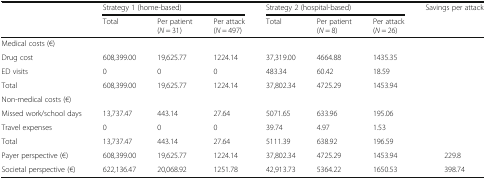
<table><thead><tr><td rowspan="2"></td><td colspan="3"><b>Strategy 1 (home-based)</b></td><td colspan="3"><b>Strategy 2 (hospital-based)</b></td><td><b>Savings per attack</b></td></tr><tr><td><b>Total</b></td><td><b>Per patient (<i>N</i> = 31)</b></td><td><b>Per attack (<i>N</i> = 497)</b></td><td><b>Total</b></td><td><b>Per patient (<i>N</i> = 8)</b></td><td><b>Per attack (<i>N</i> = 26)</b></td><td></td></tr></thead><tbody><tr><td colspan="8">Medical costs (€)</td></tr><tr><td>Drug cost</td><td>608,399.00</td><td>19,625.77</td><td>1224.14</td><td>37,319.00</td><td>4664.88</td><td>1435.35</td><td></td></tr><tr><td>ED visits</td><td>0</td><td>0</td><td>0</td><td>483.34</td><td>60.42</td><td>18.59</td><td></td></tr><tr><td>Total</td><td>608,399.00</td><td>19,625.77</td><td>1224.14</td><td>37,802.34</td><td>4725.29</td><td>1453.94</td><td></td></tr><tr><td colspan="8">Non-medical costs (€)</td></tr><tr><td>Missed work/school days</td><td>13,737.47</td><td>443.14</td><td>27.64</td><td>5071.65</td><td>633.96</td><td>195.06</td><td></td></tr><tr><td>Travel expenses</td><td>0</td><td>0</td><td>0</td><td>39.74</td><td>4.97</td><td>1.53</td><td></td></tr><tr><td>Total</td><td>13,737.47</td><td>443.14</td><td>27.64</td><td>5111.39</td><td>638.92</td><td>196.59</td><td></td></tr><tr><td>Payer perspective (€)</td><td>608,399.00</td><td>19,625.77</td><td>1224.14</td><td>37,802.34</td><td>4725.29</td><td>1453.94</td><td>229.8</td></tr><tr><td>Societal perspective (€)</td><td>622,136.47</td><td>20,068.92</td><td>1251.78</td><td>42,913.73</td><td>5364.22</td><td>1650.53</td><td>398.74</td></tr></tbody></table>